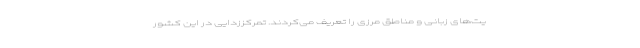
یت‌های زبانی و مناطق مرزی را تعریف می‌کردند. تمرکززدایی در این کشور